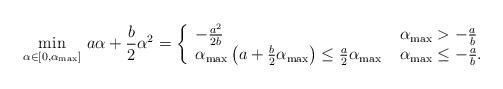
LaTeX: \begin{align*}\min_{\alpha \in [0,\alpha_{\max}]} \, a \alpha + \frac{b}{2} \alpha^2 = \left\{ \begin{array}{ll} -\frac{a^2}{2b} & \; \alpha_{\max} > -\frac{a}{b}\\ \alpha_{\max}\left(a+\frac{b}{2}\alpha_{\max} \right) \le \frac{a}{2} \alpha_{\max}& \; \alpha_{\max} \le -\frac{a}{b}.\end{array} \right.\end{align*}